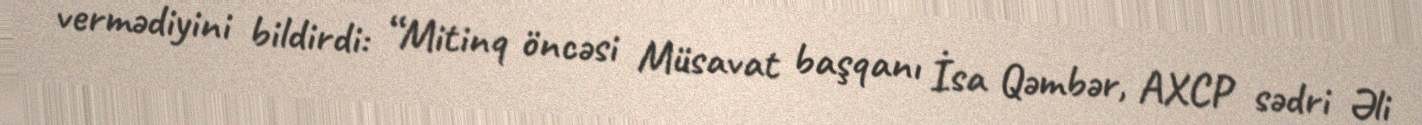
vermədiyini bildirdi: “Mitinq öncəsi Müsavat başqanı İsa Qəmbər, AXCP sədri Əli